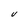
Character: U